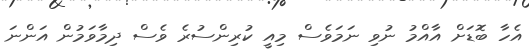
އެހާ ބޮޑަށް އާއްމު ނުވި ނަމަވެސް މިއީ ކުރިންސުރެ ވެސް ދިމާވަމުން އަންނަ